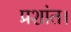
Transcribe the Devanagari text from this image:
प्रशांत।